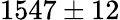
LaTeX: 1547\pm 12